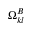
\Omega _ { k l } ^ { B }